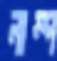
লাম্প